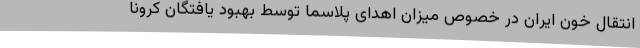
انتقال خون ایران در خصوص میزان اهدای پلاسما توسط بهبود یافتگان کرونا